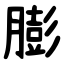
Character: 膨